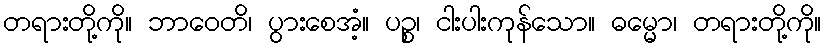
တရားတို့ကို။ ဘာဝေတိ၊ ပွားစေအံ့။ ပဉ္စ၊ ငါးပါးကုန်သော။ ဓမ္မော၊ တရားတို့ကို။